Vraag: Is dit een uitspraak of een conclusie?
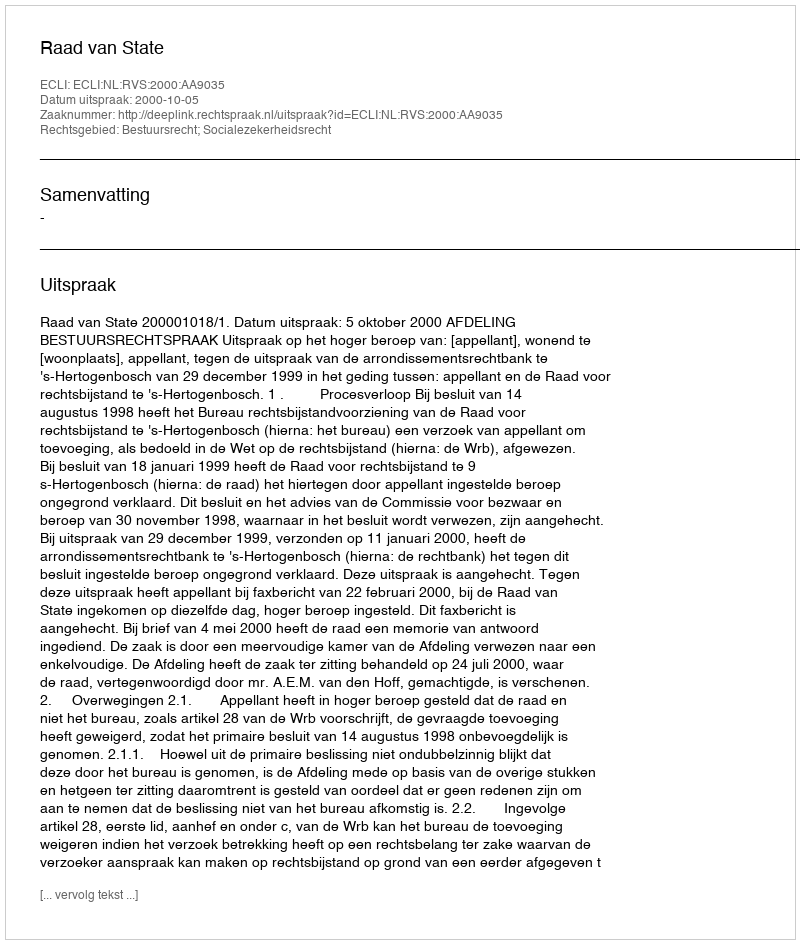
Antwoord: Uitspraak